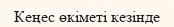
Кеңес өкіметі кезінде